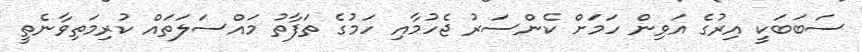
ސަބަބަކީ އިރުގެ އަވިން ހަމަށް ކެންސަރު ޖެހުމާއި ހަމުގެ ތަފާތު މައްސަލަތައް ކުރިމަތިވާނެތީ